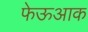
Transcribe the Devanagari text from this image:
फेऊआक